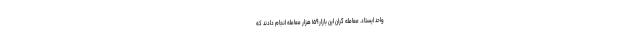
واحد ایستاد. معامله گران این بازار ۱۵۹ هزار معامله انجام دادند که